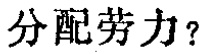
分配劳力？